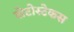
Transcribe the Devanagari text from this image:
शेटोस्टेकस